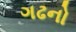
ગઢનો